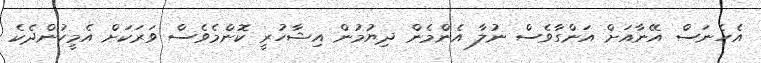
އެހެނަސް އޭނާއަށް އަންގާވެސް ނުލާ އެންމެން ދިޔުމުން އިޝާހުރީ ކޮންމެވެސް ވަރަކަށް އެމީހުންދެކެ